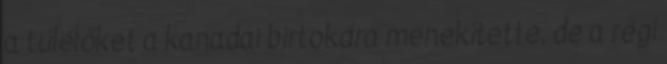
a túlélőket a kanadai birtokára menekítette, de a régi